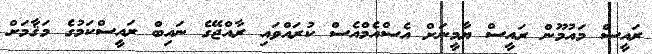
ރައީސް މައުމޫން ރައީސް ޔާމީނަށް އެސްއެމްއެސް ކުރައްވައި ރާއްޖޭގެ ނައިބް ރައީސްކަމުގެ މަޤާމަށް